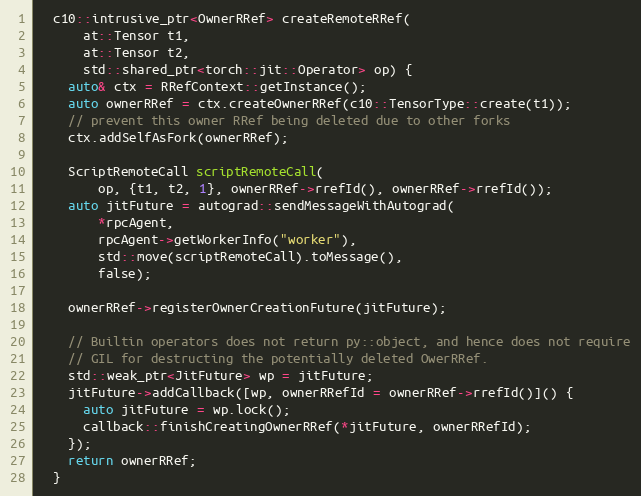
Language: C
  c10::intrusive_ptr<OwnerRRef> createRemoteRRef(
      at::Tensor t1,
      at::Tensor t2,
      std::shared_ptr<torch::jit::Operator> op) {
    auto& ctx = RRefContext::getInstance();
    auto ownerRRef = ctx.createOwnerRRef(c10::TensorType::create(t1));
    // prevent this owner RRef being deleted due to other forks
    ctx.addSelfAsFork(ownerRRef);

    ScriptRemoteCall scriptRemoteCall(
        op, {t1, t2, 1}, ownerRRef->rrefId(), ownerRRef->rrefId());
    auto jitFuture = autograd::sendMessageWithAutograd(
        *rpcAgent,
        rpcAgent->getWorkerInfo("worker"),
        std::move(scriptRemoteCall).toMessage(),
        false);

    ownerRRef->registerOwnerCreationFuture(jitFuture);

    // Builtin operators does not return py::object, and hence does not require
    // GIL for destructing the potentially deleted OwerRRef.
    std::weak_ptr<JitFuture> wp = jitFuture;
    jitFuture->addCallback([wp, ownerRRefId = ownerRRef->rrefId()]() {
      auto jitFuture = wp.lock();
      callback::finishCreatingOwnerRRef(*jitFuture, ownerRRefId);
    });
    return ownerRRef;
  }